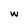
Character: w